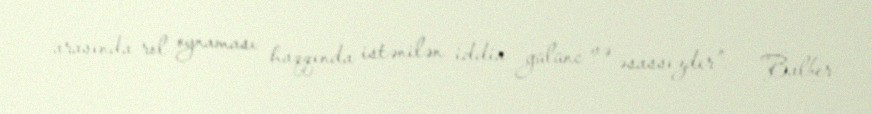
arasında rol oynaması haqqında istənilən iddia gülünc və əsassızdır”, - Balber